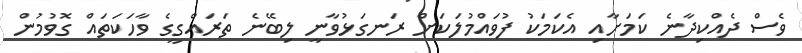
ވެސް ދެއްކިދާނެ ކަމަށާއި އެކަމަކު ފުވައްމުލަކަށް ރަނގަޅުވާނީ ލިބޭނެ ތަރައްގީގެ ވާހަކަތައް ގޮވުމުން